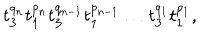
LaTeX: t _ { 3 } ^ { q _ { n } } t _ { 1 } ^ { p _ { n } } t _ { 3 } ^ { q _ { n - 1 } } t _ { 1 } ^ { p _ { n - 1 } } \ldots t _ { 3 } ^ { q _ { 1 } } t _ { 1 } ^ { p _ { 1 } } ,